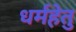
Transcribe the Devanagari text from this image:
धर्महेतु